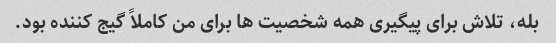
بله، تلاش برای پیگیری همه شخصیت ها برای من کاملاً گیج کننده بود.